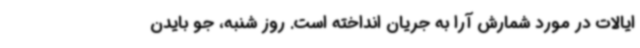
ایالات در مورد شمارش آرا به جریان انداخته است. روز شنبه، جو بایدن